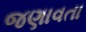
જણાવતા